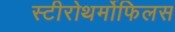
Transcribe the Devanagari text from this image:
स्टीरोथर्मोफिलस